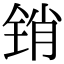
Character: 销